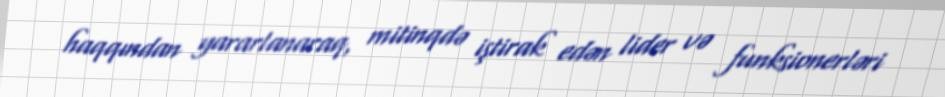
haqqından yararlanaraq, mitinqdə iştirak edən lider və funksionerləri